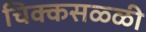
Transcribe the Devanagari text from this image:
चिक्कसळ्ळी